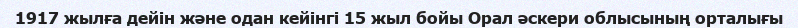
1917 жылға дейін және одан кейінгі 15 жыл бойы Орал әскери облысының орталығы